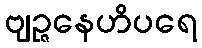
ဗျဉ္ဇနေဟိပရေ